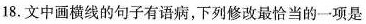
18.文中画横线的句子有语病，下列修改最恰当的一项是